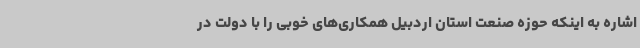
اشاره به اینکه حوزه صنعت استان اردبیل همکاری‌های خوبی را با دولت در